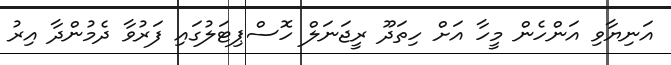
އަނިޔާވި އަންހެން މީހާ އަށް ހިތަދޫ ރީޖަނަލް ހޮސްޕިޓަލުގައި ފަރުވާ ދެމުންދާ އިރު